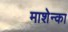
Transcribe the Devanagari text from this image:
माशेन्का